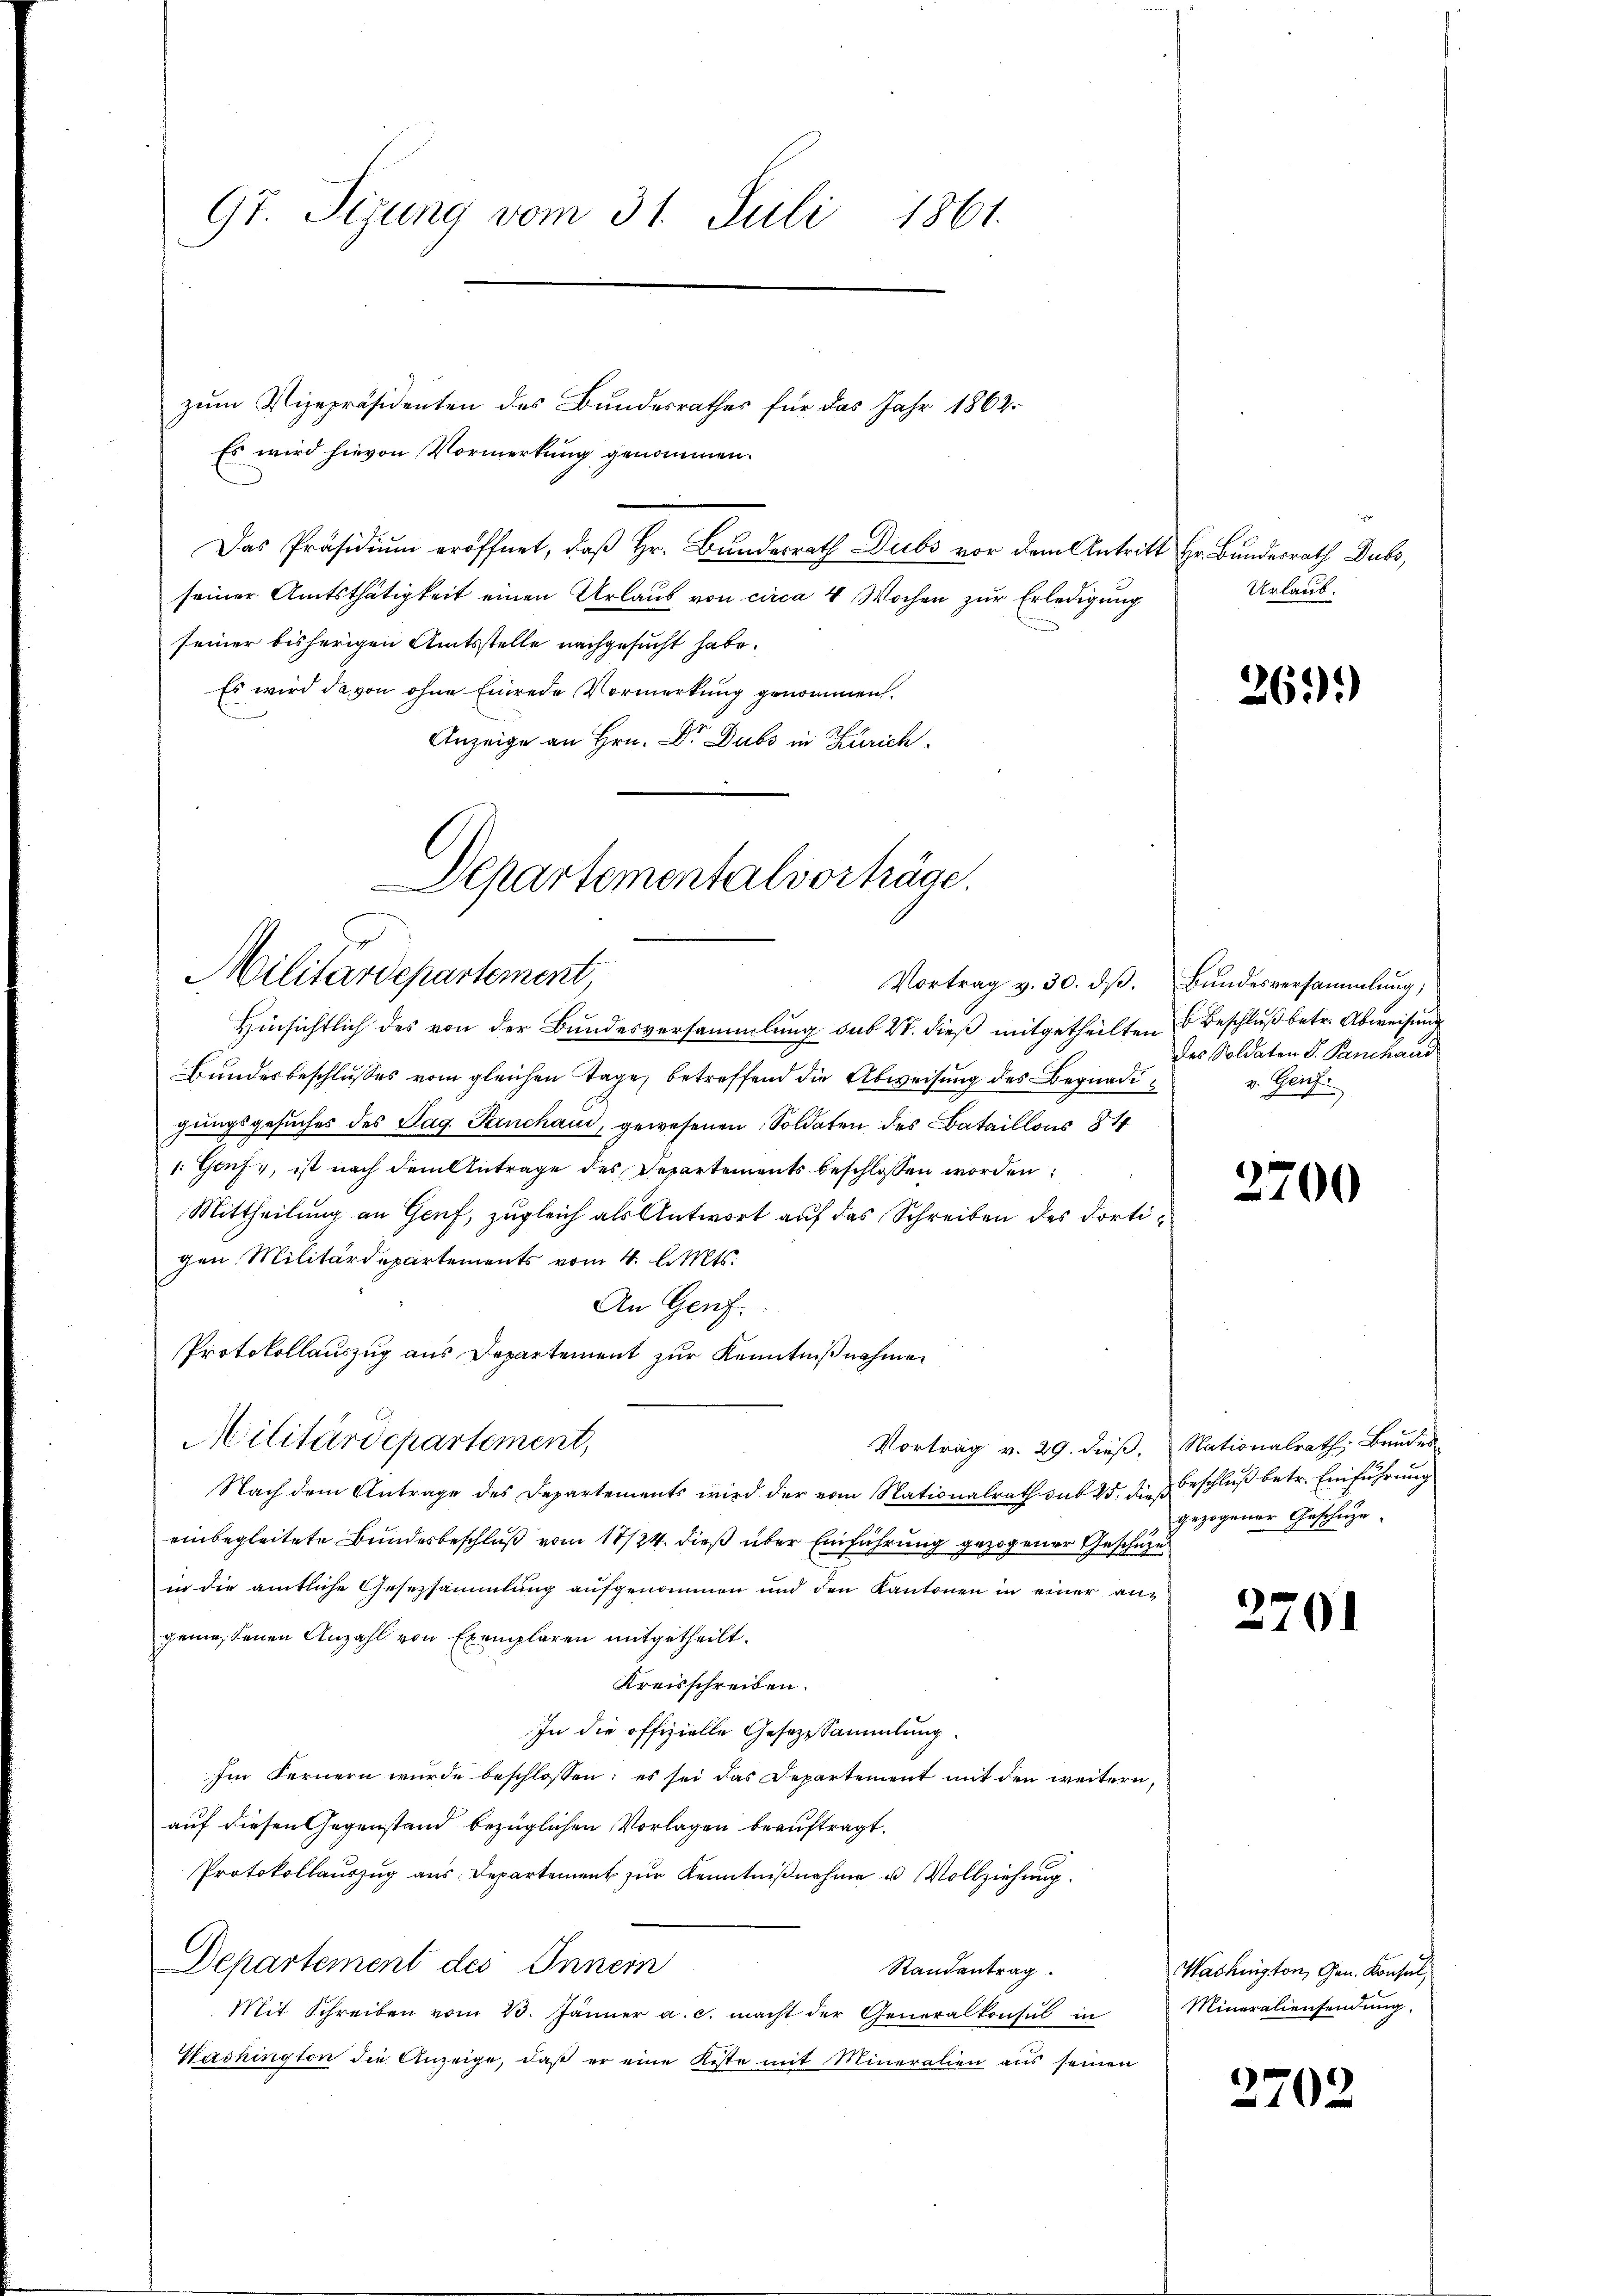
97. Seizung vom 31. Juli 1861.

zum Vizepräsidenten des Bundesrathes für das Jahr 1862
Es wird hievon Vormerkung genommen.
Das Präsidiŭm eröffnet, daβ hr. Bŭndesrath Dubs vor dem Antritt Hr. Bundesrath Dubs,
seiner Amtsthätigkeit einen Urlaub von circa 4 Wochen zur Erledigung
seiner bisherigen Amtsstelle nachgesucht habe.
Es wird da von ohne Einrede Vormerkung genommen.
Anzeige an Hrn. Dr. Dubs in Zürich

Departementalvorträge.
Militärdepartement,
Vortrag v. 30. dβ.

Bundesbeschlusses vom gleichen Tage betreffend die Abweisung des Begnadigungsgesuches des Pag. Panchau, gewesenen Soldaten des Bataillons 84
: Genf, ist nach dem Antrage des Departements beschlossen worden
Mittheilung an Genf, zugleich als Antwort auf das Schreiben des dortigen Militärdepartements vom 4. l. Mts.
An Genf.
Protokollauszug aus Departement zur Kenntnißnahmen
Militärdepartement,
Nach dem Antrage des Departements wird der vom Nationalrath sub 15. dies
einbegleitete Bundesbeschluß vom 18/24. dieß über Einführung gezogener Geschäzes
in die amtliche Gesezsammlung aufgenommen und den Kantonen in einer angeniessenen Anzahl von Exemplaren mitgetheilt.
Kreisschreiben.
In die offizielle Gesetzesammlung.
Im Fernern wurde beschlossen: es sei das Departement mit den weitern,
auf diesen Gegenstand bezüglichen Vorlagen beauftragt.
Protokollauszug aus Departement zur Kenntnißnahme u. Vollziehung.
Departement des Innern
Randantrag.
Mit Schreiben vom 23. Jänner a. c. macht der Generalkonsul in
Washington die Anzeige, daß er eine Reste mit Mineralien aus seinen

Hinsichtlich des von der Bundesversammlung sub 27. dieß mitgetheilten Beschluß betr. Abweisung

Vortrag v. 29. dieβ, Nationalrath Bundes

Urlaub.

269.)

Bundesversammlung,
des Soldaten S. Panchand
v. Genf.

2700

beschluß betr. Einführung
gezogener Geschäze.

2701

Washington, Gen. Konsul,
Mineraliensendung.

2702